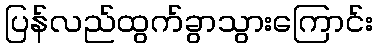
ပြန်လည်ထွက်ခွာသွားကြောင်း